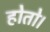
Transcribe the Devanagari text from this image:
होतो।